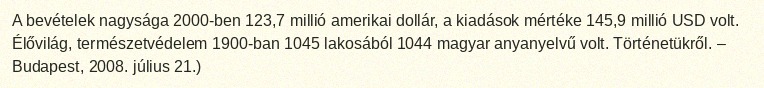
A bevételek nagysága 2000-ben 123,7 millió amerikai dollár, a kiadások mértéke 145,9 millió USD volt. Élővilág, természetvédelem 1900-ban 1045 lakosából 1044 magyar anyanyelvű volt. Történetükről. – Budapest, 2008. július 21.)